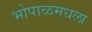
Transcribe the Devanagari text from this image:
भोपाळमधला